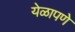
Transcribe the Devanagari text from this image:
येळापणे